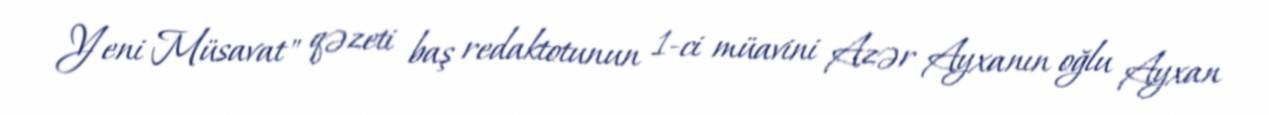
Yeni Müsavat" qəzeti baş redaktotunun 1-ci müavini Azər Ayxanın oğlu Ayxan